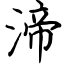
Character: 渧